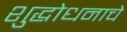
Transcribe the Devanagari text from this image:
शुद्धोधनाचे